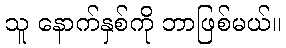
သူ နောက်နှစ်ကို ဘာဖြစ်မယ်။